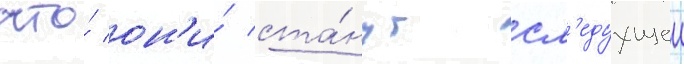
что́ он'и́ ста́нут сл'едуущеи